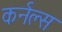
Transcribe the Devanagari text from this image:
कर्नल्स